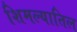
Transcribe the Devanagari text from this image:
शिमल्यातिल